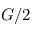
G / 2